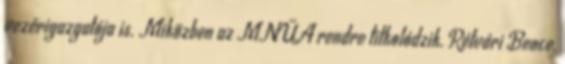
vezérigazgatója is. Miközben az MNÜA rendre titkolódzik, Rétvári Bence,